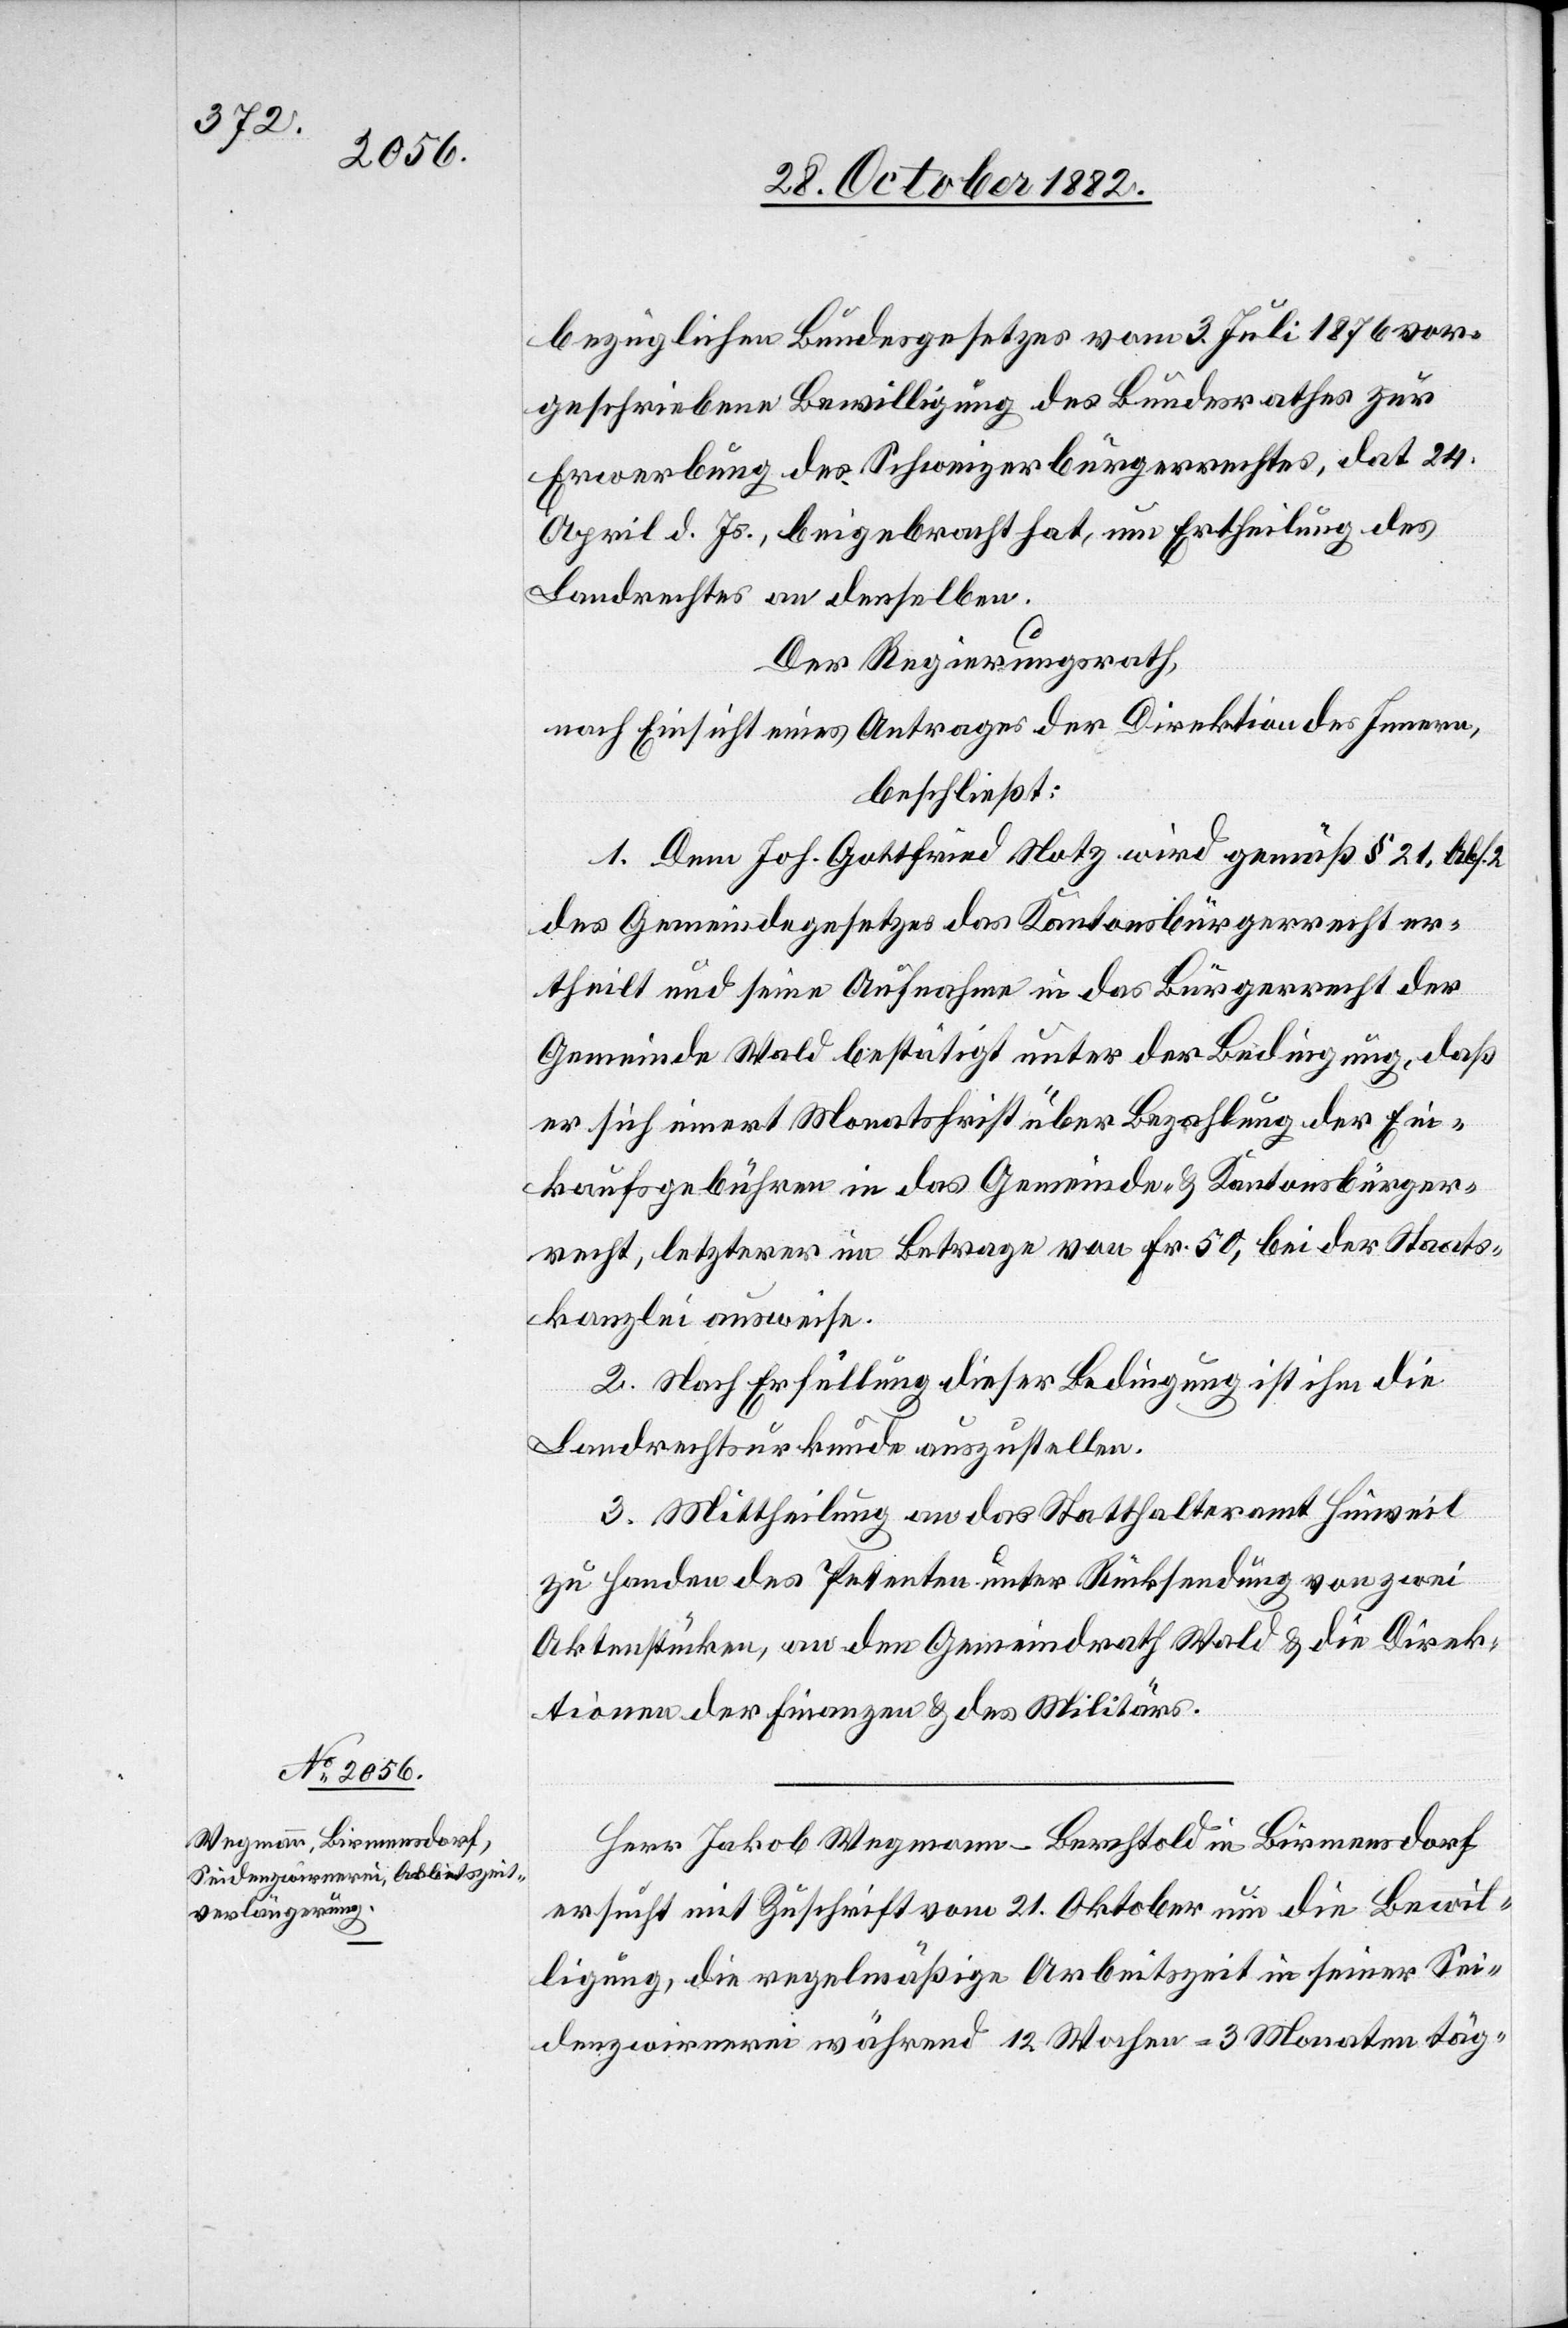
bezüglichen Bundesgesetzes vom 3. Juli 1876 vor¬
geschriebene Bewilligung des Bundesrathes zur
Erwerbung des Schweizerbürgerrechtes, dat. 24.
April d. Js., beigebracht hat, um Ertheilung des
Landrechtes an denselben.
Der Regierungsrath,
nach Einsicht eines Antrages der Direktion des Innern,
beschließt:
1. Dem Joh. Gottfried Notz wird gemäß § 21, Abs.
des Gemeindegesetzes das Kantonsbürgerrecht er¬
theilt und seine Aufnahme in das Bürgerrecht der
Gemeinde Wald bestätigt unter der Bedingung, daß
er sich innert Monatsfrist über Bezahlung der Ein¬
kaufsgebühren in das Gemeinde- & Kantonsbürger¬
recht, letzterer im Betrage von Fr. 50, bei der Staats¬
kanzlei ausweise.
2. Nach Erfüllung dieser Bedingung ist ihm die
Landrechtsurkunde auszustellen.
3. Mittheilung an das Statthalteramt Hinweil
zu Handen des Petenten unter Rücksendung von zwei
Aktenstücken, an den Gemeindrath Wald & die Direk¬
tionen der Finanzen & des Militärs.
Herr Jakob Wegmann-Berchtold in Birmensdorf
ersucht mit Zuschrift vom 21. Oktober um die Bewil¬
ligung, die regelmäßige Arbeitszeit in seiner Sei¬
denzwirnerei während 12 Wochen = 3 Monaten täg-